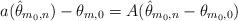
LaTeX: \begin{align*}a(\hat{\theta}_{m_{0},n})-\theta_{m,0}&=A(\hat{\theta}_{m_{0},n}-\theta_{m_{0},0})\end{align*}